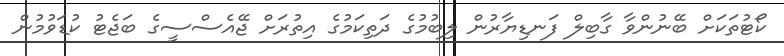
ކޯޓުތަކަށް ބޭނުންވާ ގާބިލް ފަނޑިޔާރުން ލިބުމުގެ ދަތިކަމުގެ އިތުރަށް ޖޭއެސްސީގެ ބަޖެޓު ކުޑަވުމުން